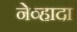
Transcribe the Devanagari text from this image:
नेव्हादा